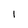
Character: l